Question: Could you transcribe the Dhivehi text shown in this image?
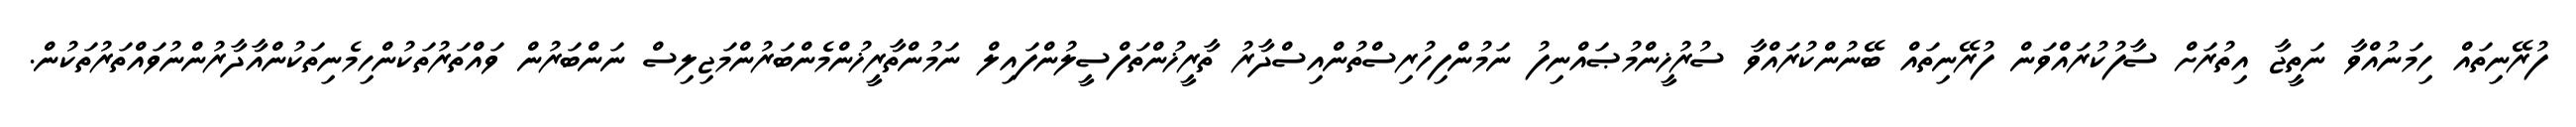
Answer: ފުރޭނިތައް ހިމަނުއްވާ ނަތީޖާ އިތުރަށް ސާފުކުރައްވަން ފުރޭނިތައް ބޭނުންކުރައްވާ ސުރުޚީންމުޞައްނިފު ނަމުންފިހުރިސްތުންއިސްދާރު ތާރީޚުންތަފްސީލުންފައިލް ނަމުންތާރީޚުންމެންބަރުންމަޖިލިސް ނަންބަރުން ވައްތަރުތަކުންހިމެނިތަކުންއާދާރުންނުވައްތަރުތަކުން.